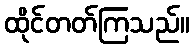
ထိုင်တတ်ကြသည်။